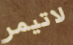
لاتيمر